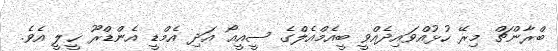
ބްރާންޗް މިރޭ ހުޅުއްވައިދެއްވީ ބީއެމްއެލްގެ ސީއީއޯ އަދި އެމްޑީ އެންޑްރޫ ހީލީ އެވެ.